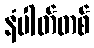
နံပါတ်တစ်